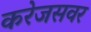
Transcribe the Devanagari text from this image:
करेजसवर